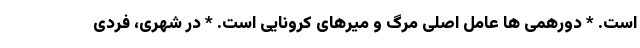
است. * دورهمی ها عامل اصلی مرگ و میرهای کرونایی است. * در شهری، فردی